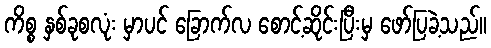
ကိစ္စ နှစ်ခုစလုံး မှာပင် ခြောက်လ စောင့်ဆိုင်းပြီးမှ ဖော်ပြခဲ့သည်။